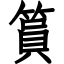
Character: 篔